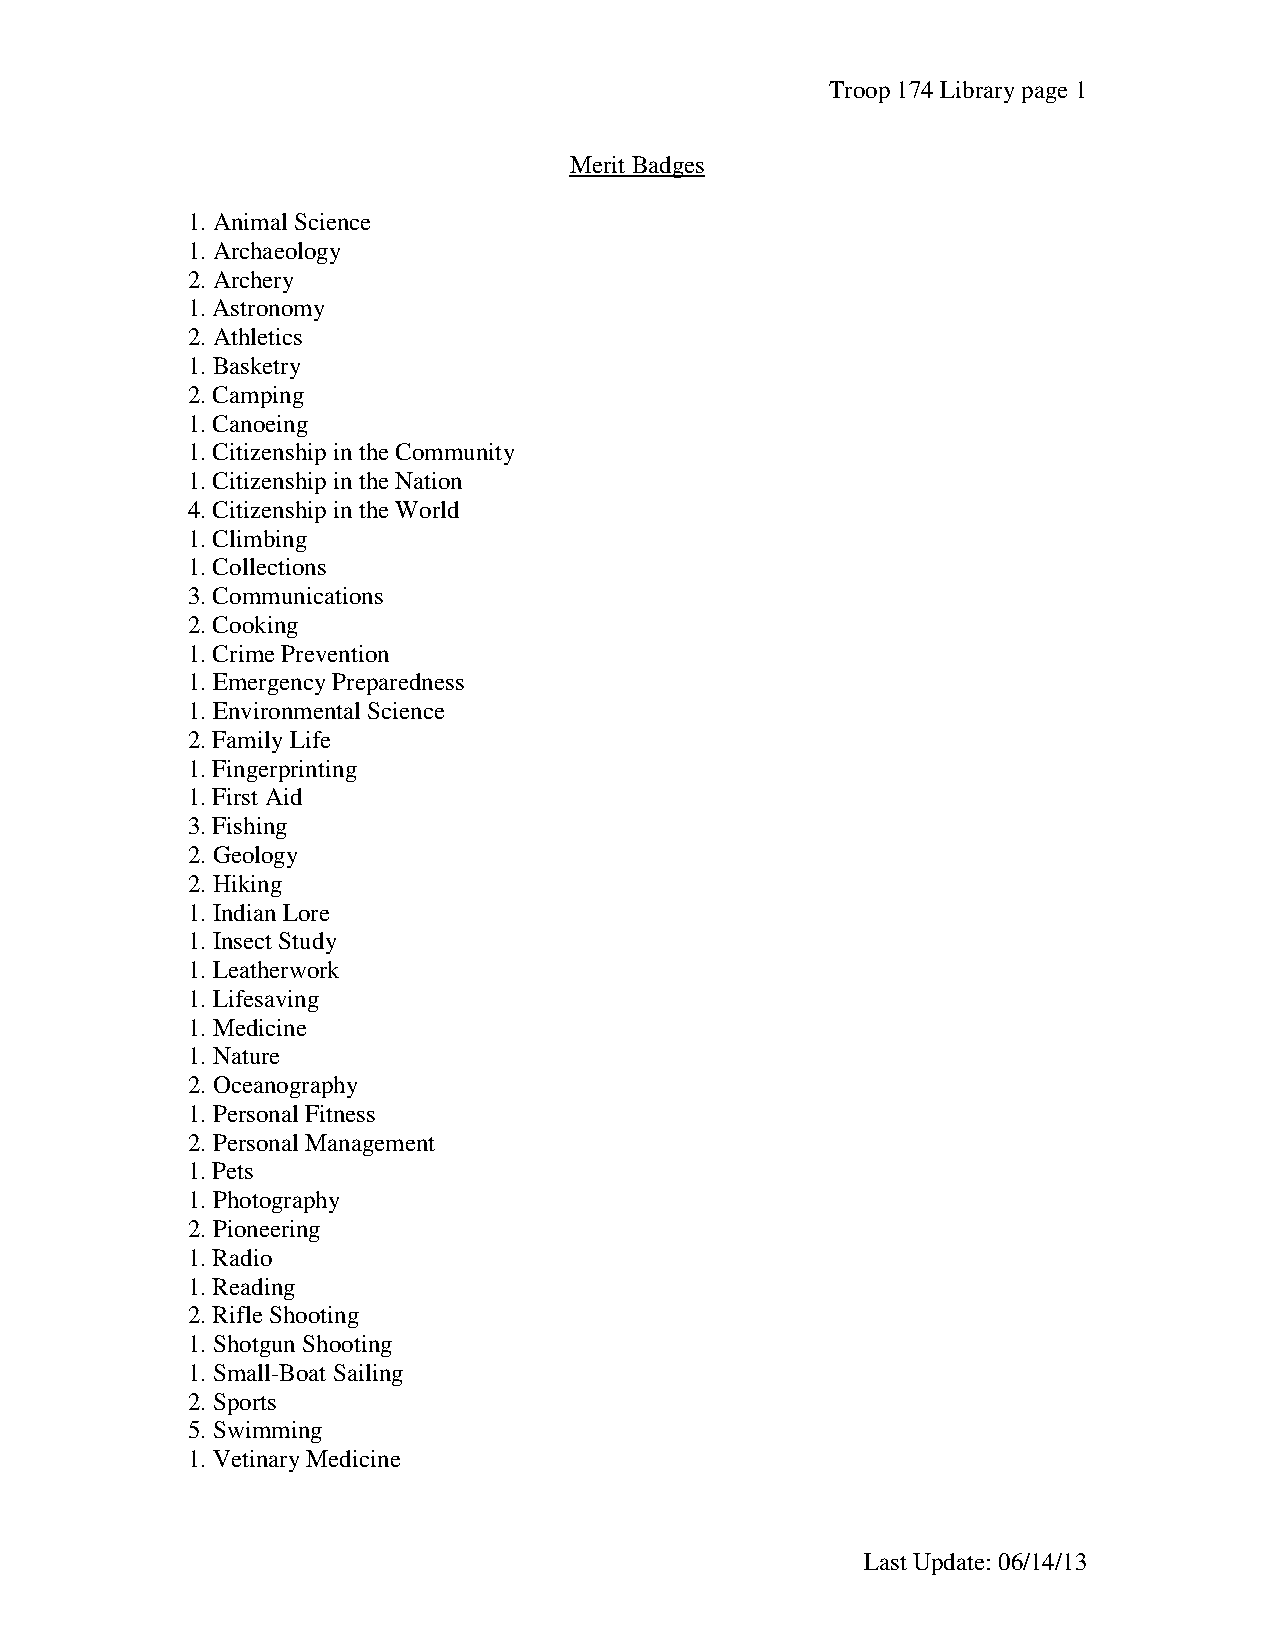
Troop 174 Library page 1
 Merit Badges
 1. Animal Science
 1. Archaeology
 2. Archery
 1. Astronomy
 2. Athletics
 1. Basketry
 2. Camping
 1. Canoeing
 1. Citizenship in the Community
 1. Citizenship in the Nation
 4. Citizenship in the World
 1. Climbing
 1. Collections
 3. Communications
 2. Cooking
 1. Crime Prevention
 1. Emergency Preparedness
 1. Environmental Science
 2. Family Life
 1. Fingerprinting
 1. First Aid
 3. Fishing
 2. Geology
 2. Hiking
 1. Indian Lore
 1. Insect Study
 1. Leatherwork
 1. Lifesaving
 1. Medicine
 1. Nature
 2. Oceanography
 1. Personal Fitness
 2. Personal Management
 1. Pets
 1. Photography
 2. Pioneering
 1. Radio
 1. Reading
 2. Rifle Shooting
 1. Shotgun Shooting
 1. Small-Boat Sailing
 2. Sports
 5. Swimming
 1. Vetinary Medicine
 Last Update: 06/14/13